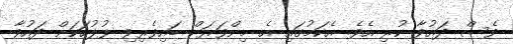
ވެސް ދައުވާ ކުރި އެވެ. އެކަމުގައި އެ މިންވަރަށް ބައިވެރިވި ފުލުހަކަށް ދައުވާ